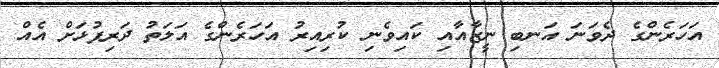
އަހަރެންގެ ދެވަނަ އަނބި ނީޒާއާއި ކައިވެނި ކުރިއިރު އަހަރެންގެ އަލަތު ދަރިފުޅަށް އެއް